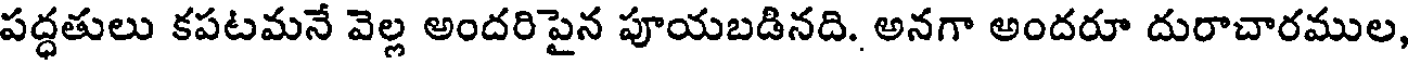
పద్ధతులు కపటమనే వెల్ల అందరిపైన పూయబడినది. అనగా అందరూ దురాచారముల,